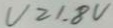
V \geq 1 . 8 V